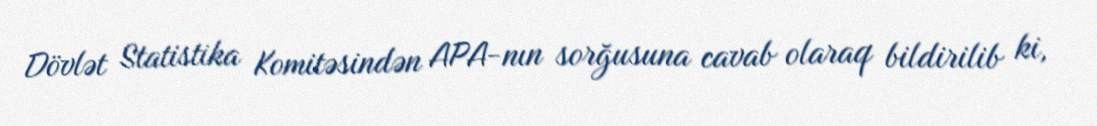
Dövlət Statistika Komitəsindən APA-nın sorğusuna cavab olaraq bildirilib ki,